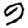
Digit: 9